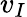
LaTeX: v_{I}